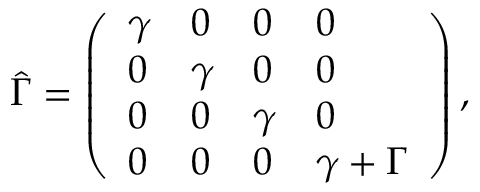
\hat { \Gamma } = \left( \begin{array} { l l l l } { \gamma } & { 0 } & { 0 } & { 0 } \\ { 0 } & { \gamma } & { 0 } & { 0 } \\ { 0 } & { 0 } & { \gamma } & { 0 } \\ { 0 } & { 0 } & { 0 } & { \gamma + \Gamma } \end{array} \right) ,